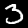
Digit: 3